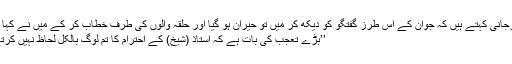
جرجانی کہتے ہیں کہ جوان کے اس طرز گفتگو کو دیکھ کر میں تو حیران ہو گیا اور حلقہ والوں کی طرف خطاب کر کے میں نے کہا کہ
’’بڑے تعجب کی بات ہے کہ استاذ (شیخ) کے احترام کا تم لوگ بالکل لحاظ نہیں کرتے۔